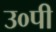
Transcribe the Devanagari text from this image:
उ०पी